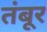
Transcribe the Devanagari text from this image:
तंबूर